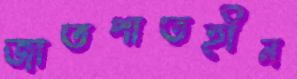
জাতপাতহীন